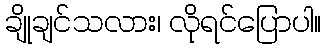
ချိုချင်သလား၊ လိုရင်ပြောပါ။